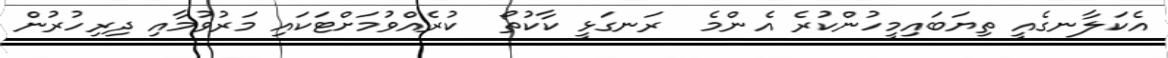
އެކަލާނގެއީ ތިޔަބައިމީހުންކުރެ އެންމެ  ރަނގަޅީ ކާކުތޯ  ކުރެއްވުމަށްޓަކައި މަރުވުމާއި ދިރިހުރުން